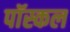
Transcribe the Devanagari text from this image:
पॉस्कल